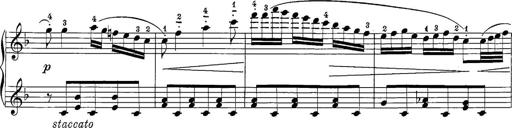
Title: 12 Sonatine per Pianoforte
Composer: Friedrich Kuhlau